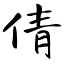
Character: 倩